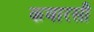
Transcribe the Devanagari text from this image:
कवारसी